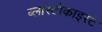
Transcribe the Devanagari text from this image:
ब्लास्टोकाइस्ट